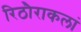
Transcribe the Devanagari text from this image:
रिठौराकलां